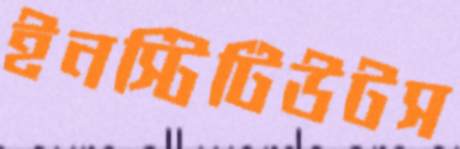
ইনস্টিটিউটস